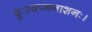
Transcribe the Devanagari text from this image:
दुःस्वप्ननाशनः।